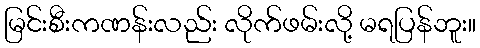
မြင်းစီးကဏန်းလည်း လိုက်ဖမ်းလို့ မရပြန်ဘူး။